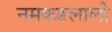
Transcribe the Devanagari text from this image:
नमकहलाली